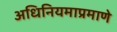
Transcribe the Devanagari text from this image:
अधिनियमाप्रमाणे